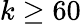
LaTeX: k\geq 60